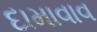
દામાવાવ